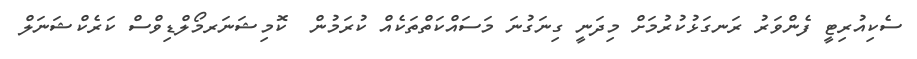
ސެކިއުރިޓީ ފެންވަރު ރަނގަޅުކުރުމަށް މިދަނީ ގިނަގުނަ މަސައްކަތްތަކެއް ކުރަމުން  ކޮމިޝަނަރމޯލްޑިވްސް ކަރެކްޝަނަލް